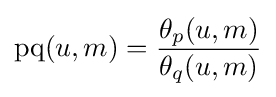
\operatorname {pq} (u,m)={\frac {\theta _{p}(u,m)}{\theta _{q}(u,m)}}